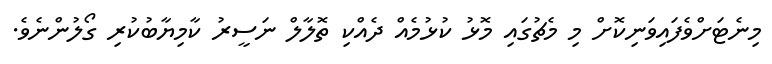
މިނެޓަށްވެފައިވަނިކޮށް މި މެޗުގައި މޮޅު ކުޅުމެއް ދެއްކި ތޮލާލް ނަސީރު ކާމިޔާބުކުރި ގޯލުންނެވެ.